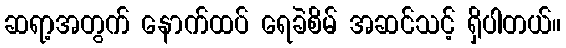
ဆရာ့အတွက် နောက်ထပ် ရေခဲစိမ် အဆင်သင့် ရှိပါတယ်။